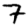
Digit: 7